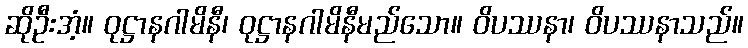
ဆိုဦးအံ့။ ဝုဋ္ဌာနဂါမိနီ၊ ဝုဋ္ဌာနဂါမိနီမည်သော။ ဝိပဿနာ၊ ဝိပဿနာသည်။